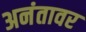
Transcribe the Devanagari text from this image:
अनंतावर